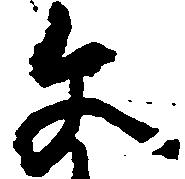
文